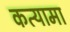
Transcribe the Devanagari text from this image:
कत्यामा